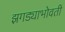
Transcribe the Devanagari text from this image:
झगड्याभोवती